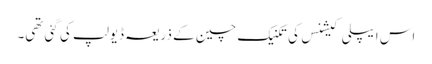
اس ایپلی کیشنس کی تکنیک چین کے ذریعہ ڈیولپ کی گئی تھی۔